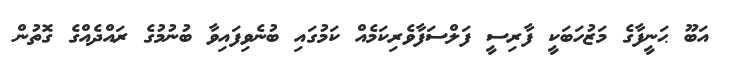
އަބޫ ޙަނީފާގެ މަޒުހަބަކީ ފާރިސީ ފަލްސަފާވެރިކަމެއް ކަމުގައި ބުނެވިފައިވާ ބުނުމުގެ ރައްދެއްގެ ގޮތުން